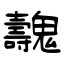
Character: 魗